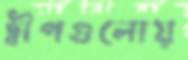
দ্বীপগুলোয়